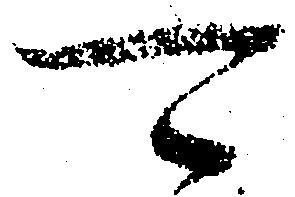
可